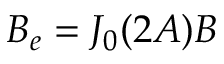
B _ { e } = J _ { 0 } ( 2 A ) B